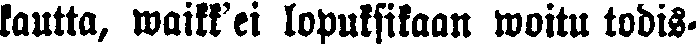
kautta, waikk'ei lopuksikaan woitu todis-